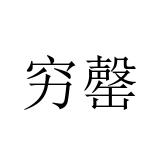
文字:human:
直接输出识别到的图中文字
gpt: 穷罄